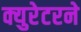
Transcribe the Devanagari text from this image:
क्युरेटरने